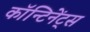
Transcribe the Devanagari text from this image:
कॉन्टिनेंट्स